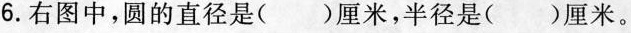
6.右图中，圆的直径是()厘米，半径是()厘米。